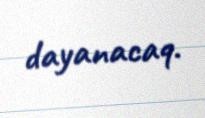
dayanacaq.